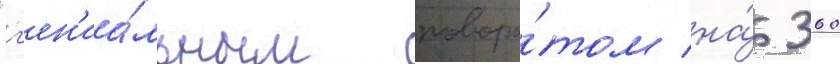
"г'ен'иа́льным поворо́том на́ 360